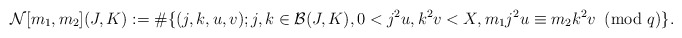
\begin{align*}\mathcal{N}[m_1,m_2](J,K):=\#\{(j,k,u,v); j,k\in \mathcal{B}(J,K), 0<j^2u,k^2v<X,m_1j^2u\equiv m_2k^2v\!\!\!\pmod{q}\}.\end{align*}